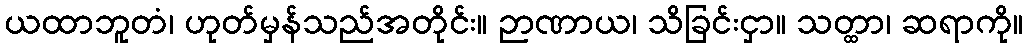
ယထာဘူတံ၊ ဟုတ်မှန်သည်အတိုင်း။ ဉာဏာယ၊ သိခြင်းငှာ။ သတ္ထာ၊ ဆရာကို။